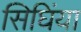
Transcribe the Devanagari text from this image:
सिघिंया